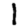
Digit: 1